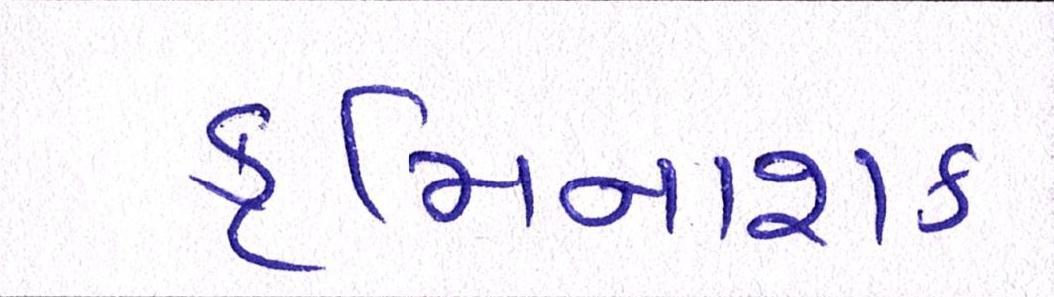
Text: કૃમિનાશક